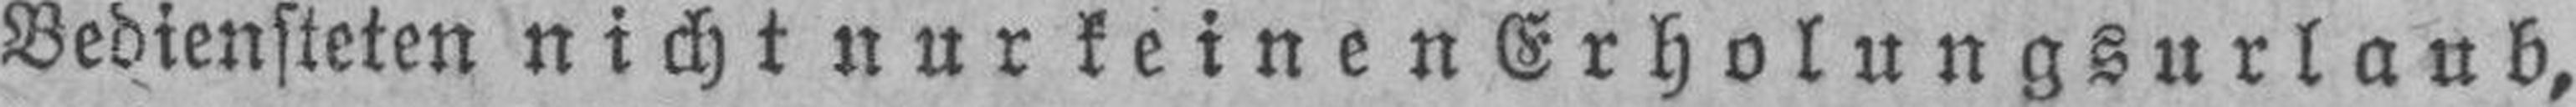
Bediensteten nicht nur keinen Erholungsurlaub,